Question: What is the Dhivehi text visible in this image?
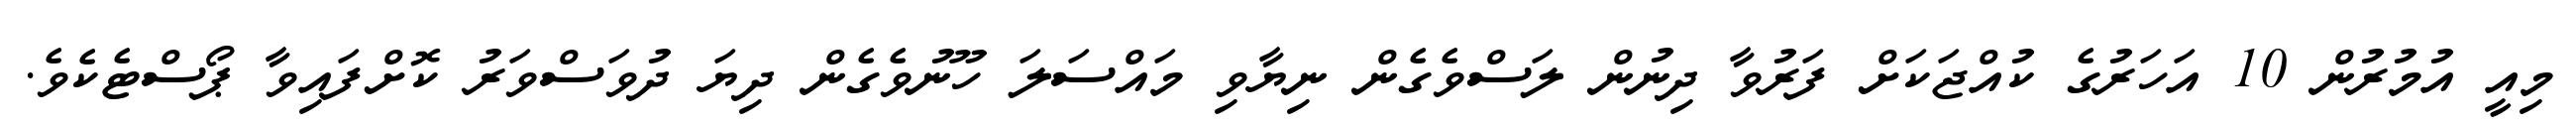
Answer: މިއީ އުމުރުން 10 އަހަރުގެ ކުއްޖަކަށް ފަރުވާ ދިނުން ލަސްވެގެން ނިޔާވި މައްސަލަ ހޫނުވެގެން ދިޔަ ދުވަސްވަރު ކޮށްފައިވާ ޕޯސްޓެކެވެ.